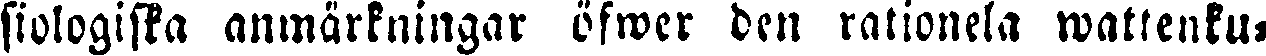
siologiska anmärkningar öfwer den rationela wattenku-